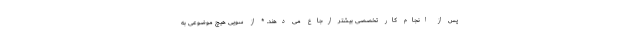
پس از انجام کار تخصصی بیشتر ارجاع می دهند. * از سویی هیچ موضوعی به